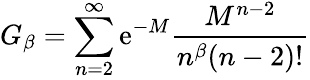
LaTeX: G_{\beta}=\sum_{n=2}^{\infty}\mathrm{e}^{-M}{\frac{M^{n-2}}{n^{\beta}(n-2)!}}